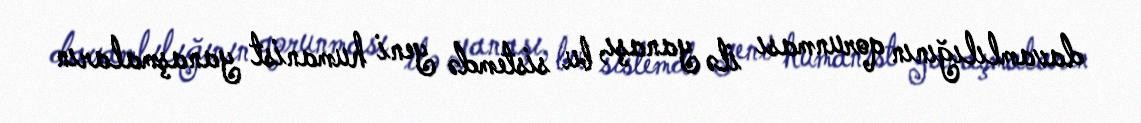
davamlılığının qorunması ilə yanaşı, bu sistemdə yeni humanist yanaşmaların